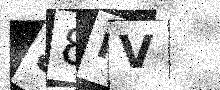
Text: 88PV